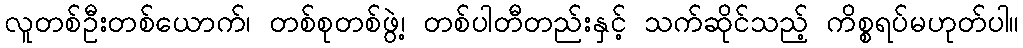
လူတစ်ဦးတစ်ယောက်၊ တစ်စုတစ်ဖွဲ့၊ တစ်ပါတီတည်းနှင့် သက်ဆိုင်သည့် ကိစ္စရပ်မဟုတ်ပါ။